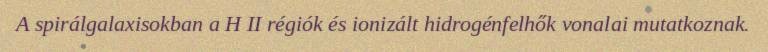
A spirálgalaxisokban a H II régiók és ionizált hidrogénfelhők vonalai mutatkoznak.